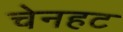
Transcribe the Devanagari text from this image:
चेनहट